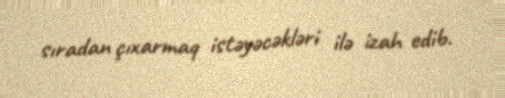
sıradan çıxarmaq istəyəcəkləri ilə izah edib.